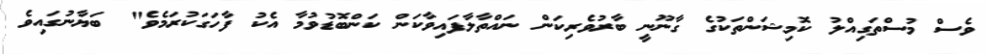
ވެސް މުސްތަގިއްލު ކޮމިޝަންތަކުގެ ގާނޫނީ ބާރުވެރިކަން ނައްތާލާފައިވާކަން ކަންބޮޑުވުމާ އެކު ފާހަގަކުރަމެވެ" ބަޔާނުގައިވެ